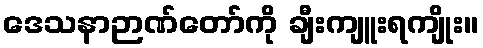
ဒေသနာဉာဏ်တော်ကို ချီးကျူးရကျိုး။